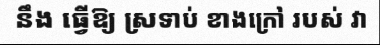
នឹង ធ្វើឱ្យ ស្រទាប់ ខាងក្រៅ របស់ វា